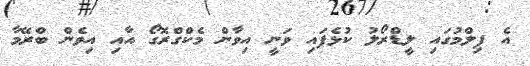
އެ ފިލްމުގައި ލީޑްރޯލު ކުޅެފައި ވަނީ އިވާން މެކްގްރޮގޯ އާއި އިވެން ބްރޭމާ